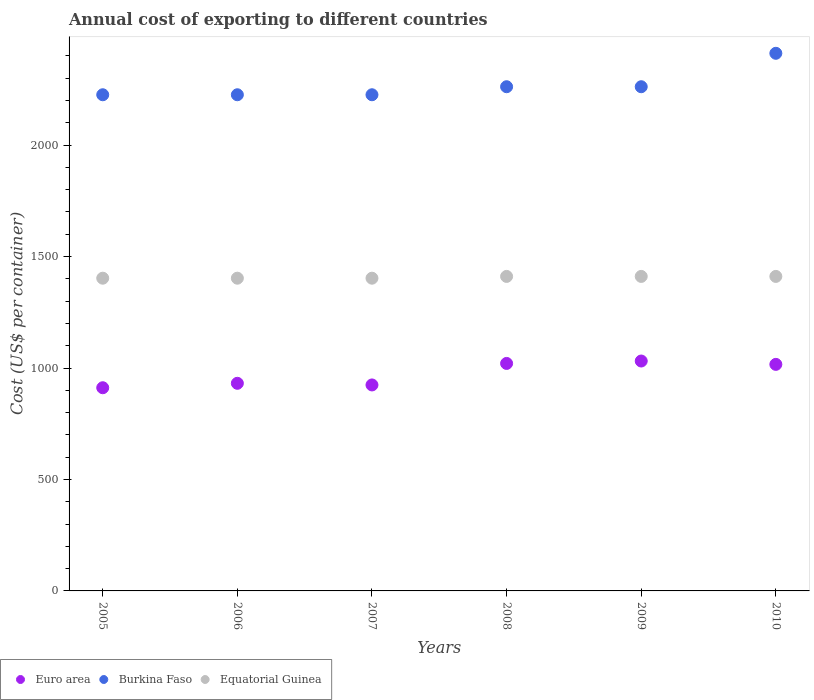
| Years | Euro area | Burkina Faso | Equatorial Guinea |
 | --- | --- | --- | --- |
 | 2005 | 912 | 2.23e+03 | 1.4e+03 |
 | 2006 | 931 | 2.23e+03 | 1.4e+03 |
 | 2007 | 924 | 2.23e+03 | 1.4e+03 |
 | 2008 | 1.02e+03 | 2.26e+03 | 1.41e+03 |
 | 2009 | 1.03e+03 | 2.26e+03 | 1.41e+03 |
 | 2010 | 1.02e+03 | 2.41e+03 | 1.41e+03 |